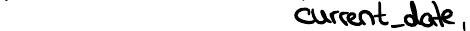
current_date